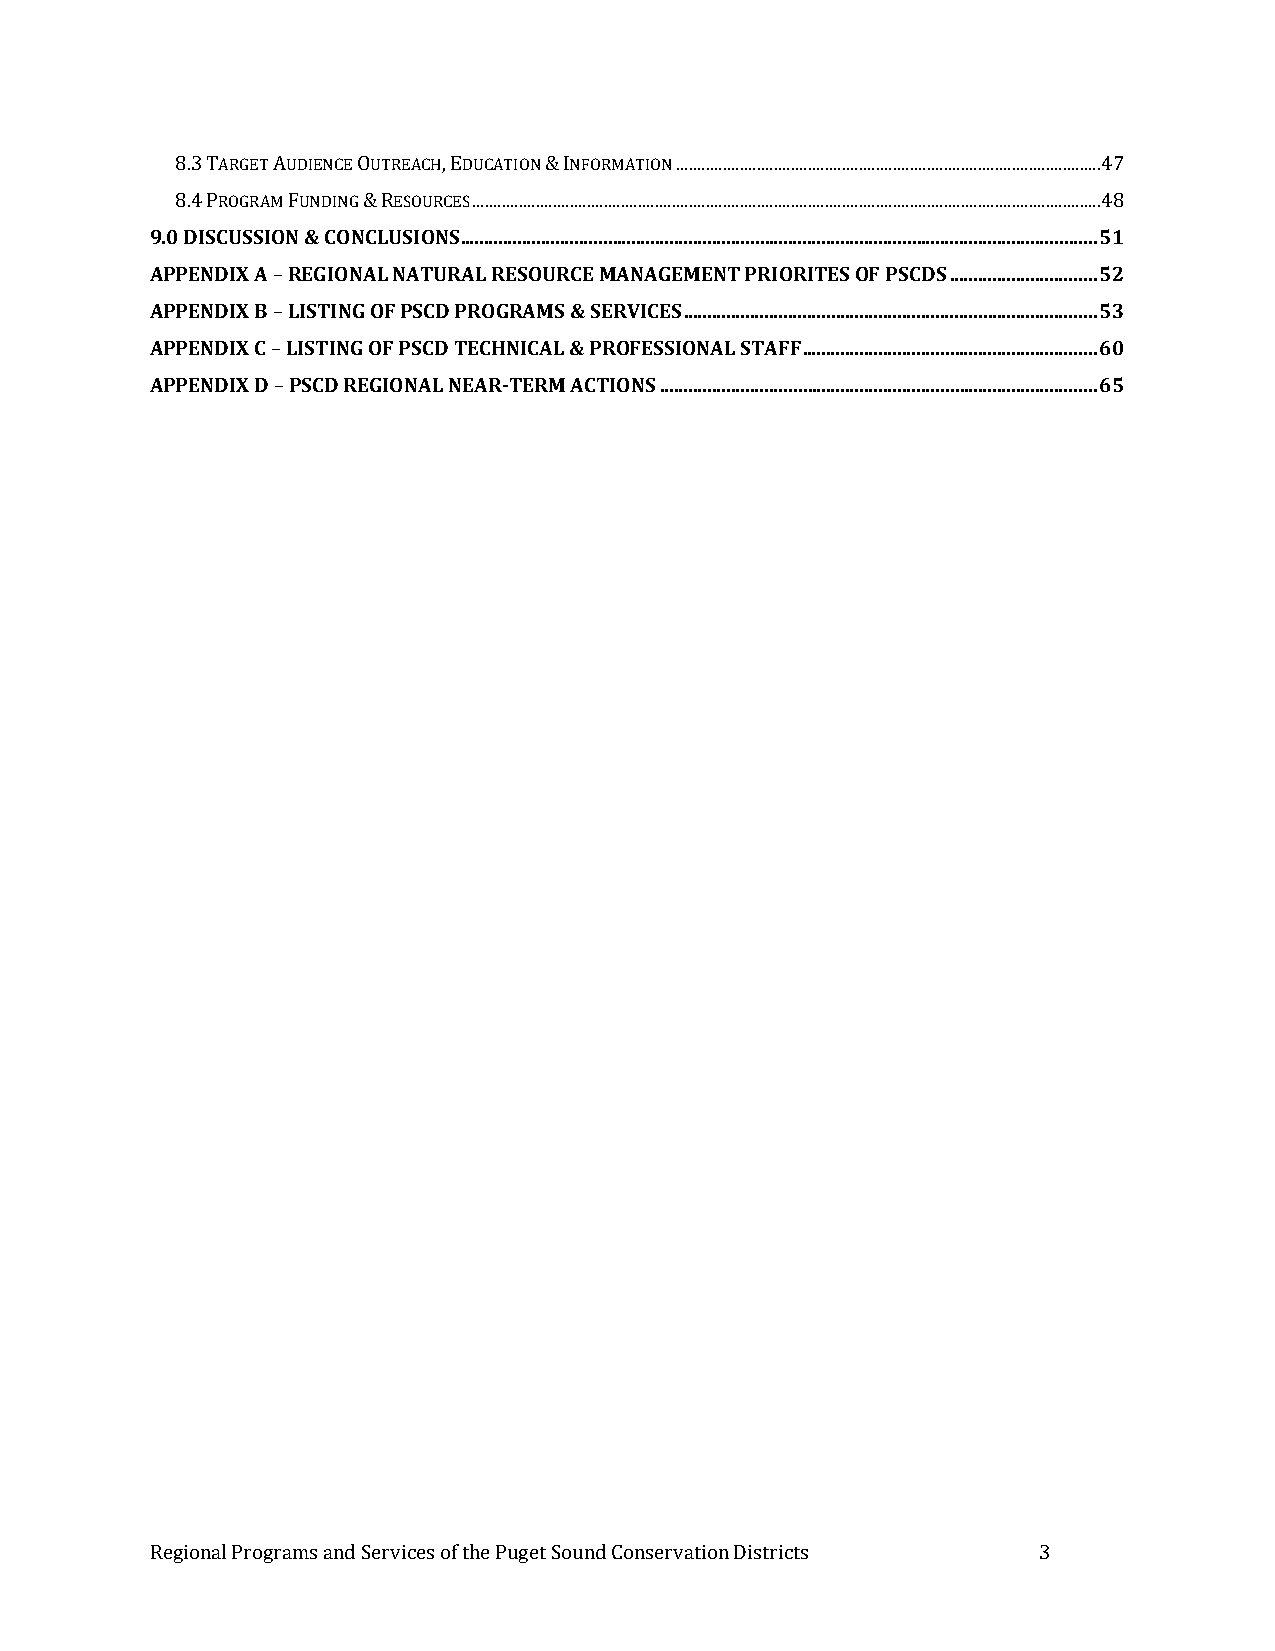
8.3 TARGET AUDIENCE OUTREACH, EDUCATION & INFORMATION .................................................................................................... 47
 8.4 PROGRAM FUNDING & RESOURCES .................................................................................................................................................... 48
 9.0 DISCUSSION & CONCLUSIONS ...................................................................................................................................... 51
 APPENDIX A – REGIONAL NATURAL RESOURCE MANAGEMENT PRIORITES OF PSCDS ............................... 52
 APPENDIX B – LISTING OF PSCD PROGRAMS & SERVICES ....................................................................................... 53
 APPENDIX C – LISTING OF PSCD TECHNICAL & PROFESSIONAL STAFF .............................................................. 60
 APPENDIX D – PSCD REGIONAL NEAR-TERM ACTIONS ............................................................................................ 65
 Regional Programs and Services of the Puget Sound Conservation Districts 3